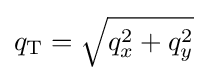
q_{\text{T}}={\sqrt {q_{x}^{2}+q_{y}^{2}}}